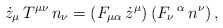
\begin{align*}\dot{z}_{\mu} \, T^{\mu \nu} \, n_{\nu} =(F_{\mu \alpha}\, \dot{z}^{\mu}) \, (F_{\nu}\,^{\alpha}\, n^{\nu}) \, ,\end{align*}